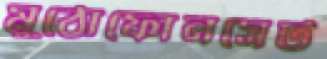
মুঠোফোনসেট